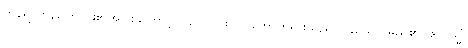
ကုန်ရာကုန်ကြောင်း၏အဖြစ်ကြောင့်။ (သော၊ ထို သဘောတရားသည်။) ခယော၊ မည်၏။ ဧတသ္မိံ၊